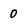
Character: 0